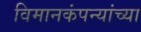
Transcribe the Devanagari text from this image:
विमानकंपन्यांच्या